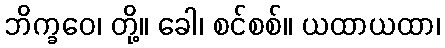
ဘိက္ခဝေ၊ တို့။ ခေါ၊ စင်စစ်။ ယထာယထာ၊